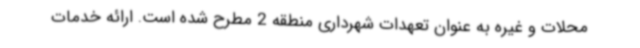
محلات و غیره به عنوان تعهدات شهرداری منطقه 2 مطرح شده است. ارائه خدمات